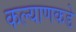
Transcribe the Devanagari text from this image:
कल्याणकडे